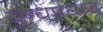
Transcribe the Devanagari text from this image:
दुग्धप्रधान